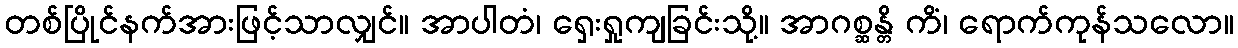
တစ်ပြိုင်နက်အားဖြင့်သာလျှင်။ အာပါတံ၊ ရှေးရှုကျခြင်းသို့။ အာဂစ္ဆန္တိ ကိံ၊ ရောက်ကုန်သလော။